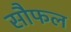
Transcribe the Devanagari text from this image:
सौफल